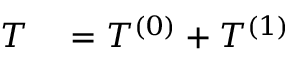
\begin{array} { r l } { T } & { { } = T ^ { ( 0 ) } + T ^ { ( 1 ) } } \end{array}